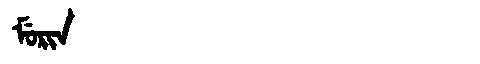
Manchu: ᠮᡠᡵᡳᠨ
Romanization: MURIN